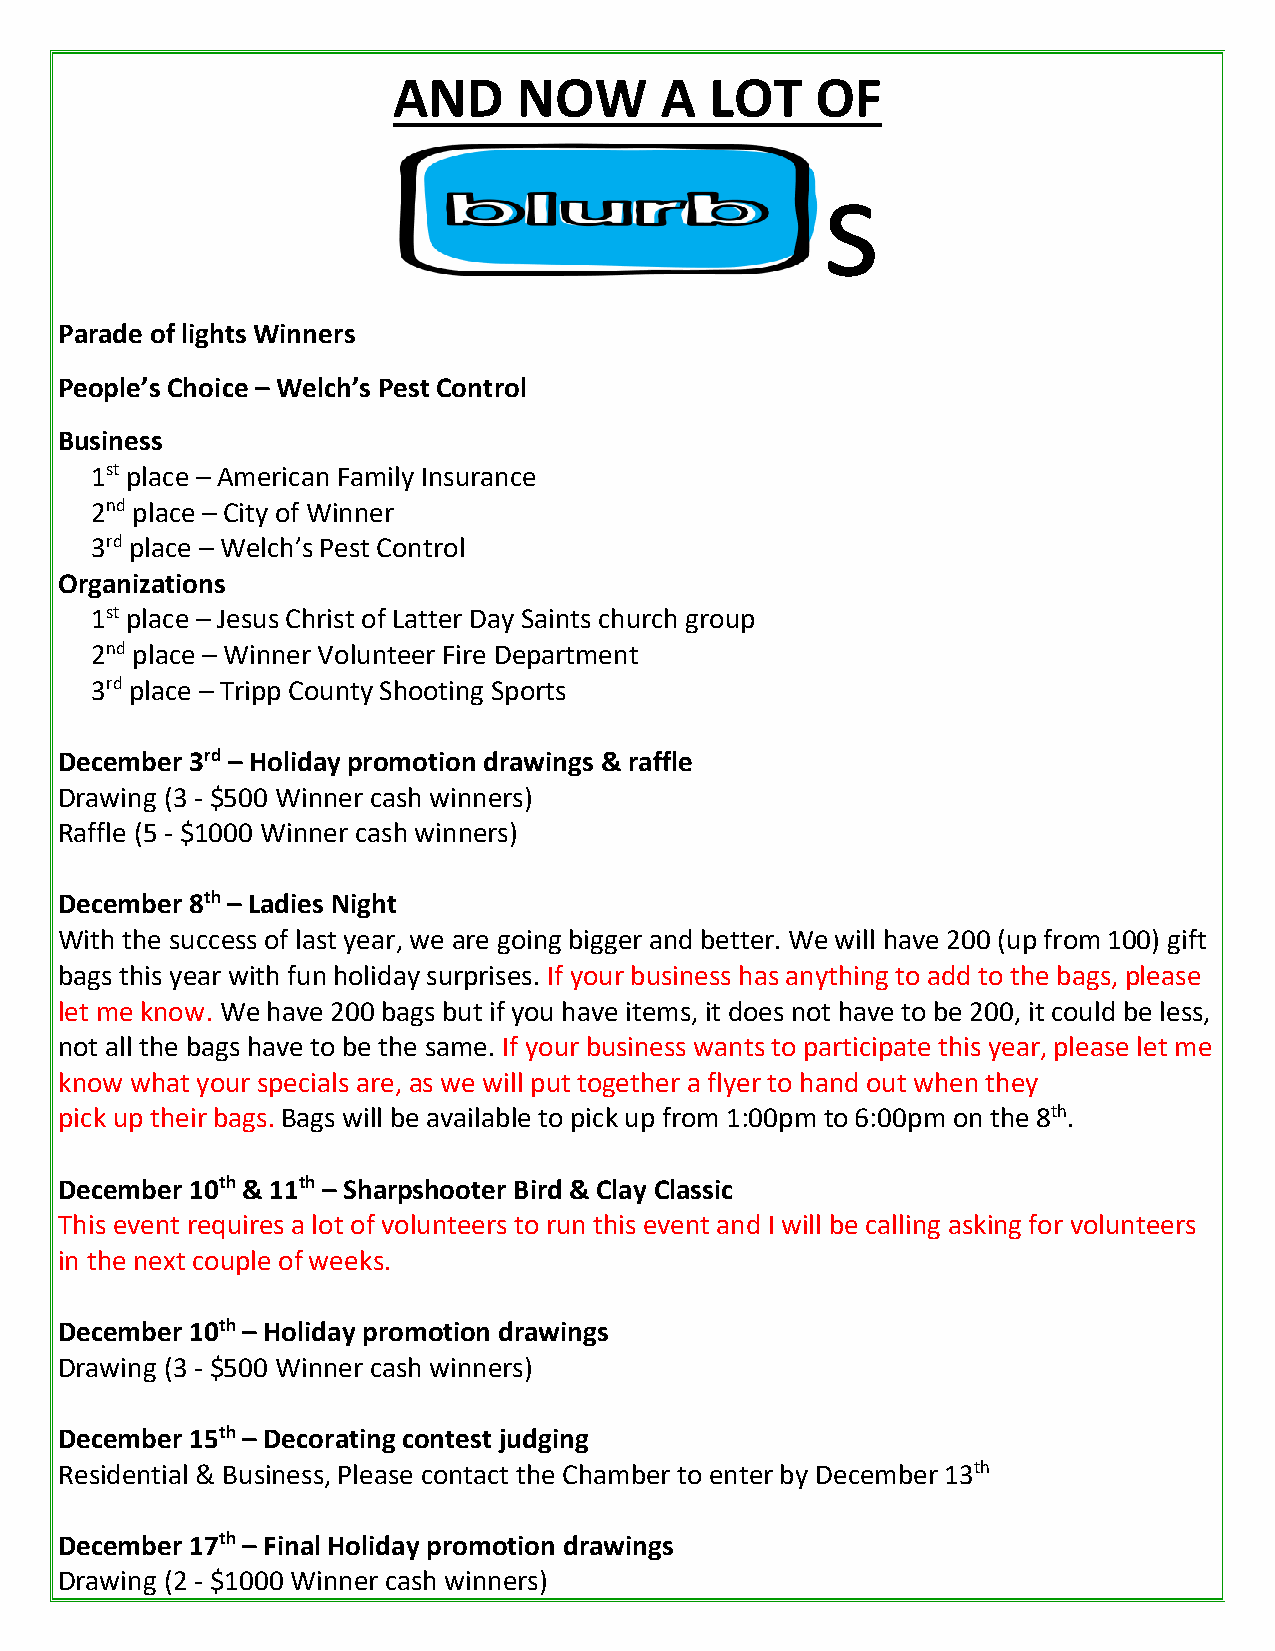
AND     NOW       A  LOT    OF
 s
 Parade of lights Winners
 People’s Choice – Welch’s Pest Control
 Business
 1st place – American Family Insurance
 2nd place – City of Winner
 3rd place – Welch’s Pest Control
 Organizations
 1st place – Jesus Christ of Latter Day Saints church group
 2nd place – Winner Volunteer Fire Department
 3rd place – Tripp County Shooting Sports
 December 3rd – Holiday promotion drawings & raffle
 Drawing (3 - $500 Winner cash winners)
 Raffle (5 - $1000 Winner cash winners)
 December 8th – Ladies Night
 With the success of last year, we are going bigger and better. We will have 200 (up from 100) gift
 bags this year with fun holiday surprises. If your business has anything to add to the bags, please
 let me know. We have 200 bags but if you have items, it does not have to be 200, it could be less,
 not all the bags have to be the same. If your business wants to participate this year, please let me
 know what your specials are, as we will put together a flyer to hand out when they
 pick up their bags. Bags will be available to pick up from 1:00pm to 6:00pm on the 8th.
 December 10th & 11th – Sharpshooter Bird & Clay Classic
 This event requires a lot of volunteers to run this event and I will be calling asking for volunteers
 in the next couple of weeks.
 December 10th – Holiday promotion drawings
 Drawing (3 - $500 Winner cash winners)
 December 15th – Decorating contest judging
 Residential & Business, Please contact the Chamber to enter by December 13th
 December 17th – Final Holiday promotion drawings
 Drawing (2 - $1000 Winner cash winners)